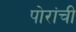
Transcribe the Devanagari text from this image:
पोरांची